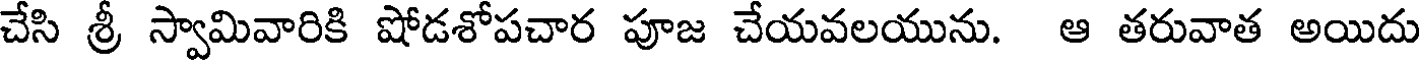
చేసి శ్రీ స్వామివారికి షోడశోపచార పూజ చేయవలయును. ఆ తరువాత అయిదు